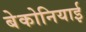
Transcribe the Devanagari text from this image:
बेकोनियाई